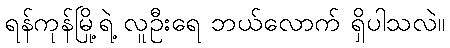
ရန်ကုန်မြို့ရဲ့ လူဦးရေ ဘယ်လောက် ရှိပါသလဲ။